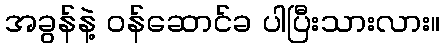
အခွန်နဲ့ ဝန်ဆောင်ခ ပါပြီးသားလား။